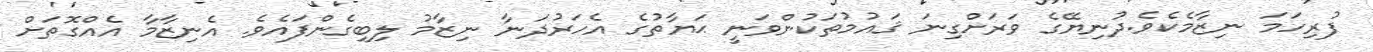
ފުރިހަމަ ނިޒާމެކެވެ.ދުނިޔޭގެ ވަރަށްގިނަ ޤައުމުތަކުންވަނީ ޙަޔާތުގެ އެހަރުދަނާ ނިޒާމު ލިބިގެންފައެވެ. އެނިޒާމާ އެއްގޮތަށް